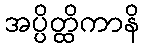
အပ္ပိတ္ထိကာနိ